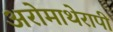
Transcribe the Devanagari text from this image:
अरोमाथेरापी